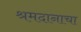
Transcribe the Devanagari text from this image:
श्रमदानाचा